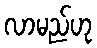
လာမည်ဟု